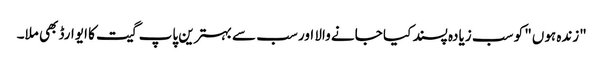
"زندہ ہوں" کو سب زیادہ پسند کیا جانے والا اور سب سے بہترین پاپ گیت کا ایوارڈ بھی ملا۔